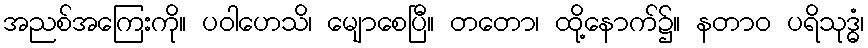
အညစ်အကြေးကို။ ပဝါဟေသိ၊ မျောစေပြီ။ တတော၊ ထို့နောက်၌။ နတာဝ ပရိသုဒ္ဓံ၊